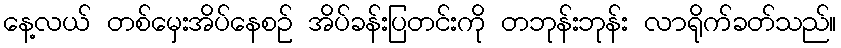
နေ့လယ် တစ်မှေးအိပ်နေစဉ် အိပ်ခန်းပြတင်းကို တဘုန်းဘုန်း လာရိုက်ခတ်သည်။